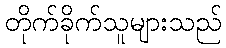
တိုက်ခိုက်သူများသည်